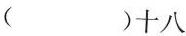
()十八